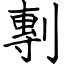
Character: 剸